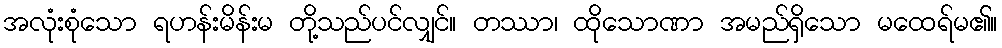
အလုံးစုံသော ရဟန်းမိန်းမ တို့သည်ပင်လျှင်။ တဿာ၊ ထိုသောဏာ အမည်ရှိသော မထေရ်မ၏။